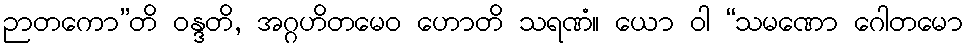
ဉာတကော”တိ ဝန္ဒတိ, အဂ္ဂဟိတမေဝ ဟောတိ သရဏံ။ ယော ဝါ “သမဏော ဂေါတမော